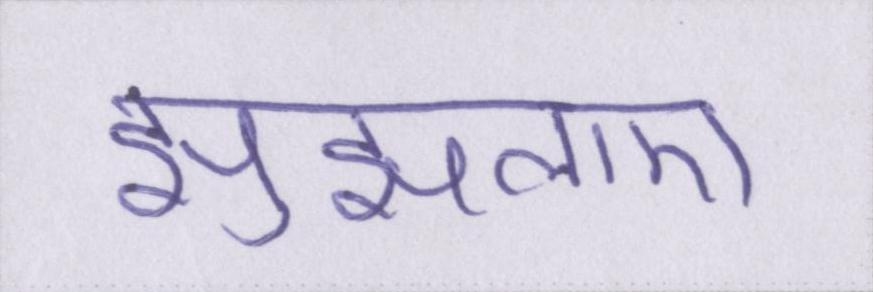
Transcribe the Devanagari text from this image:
झुंझलाए